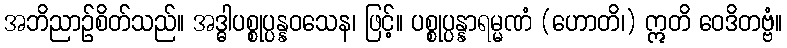
အဘိညာဉ်စိတ်သည်။ အဒ္ဓါပစ္စုပ္ပန္နဝသေန၊ ဖြင့်။ ပစ္စုပ္ပန္နာရမ္မဏံ (ဟောတိ၊) ဣတိ ဝေဒိတဗ္ဗံ။